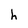
Character: h